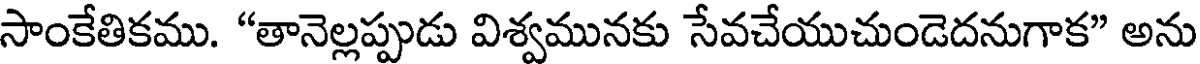
సాంకేతికము. "తానెల్లప్పుడు విశ్వమునకు సేవచేయుచుండెదనుగాక" అను